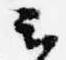
云